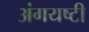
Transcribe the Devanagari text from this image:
अंगयष्टी